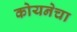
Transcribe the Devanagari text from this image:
कोयनेचा